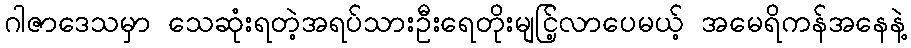
ဂါဇာဒေသမှာ သေဆုံးရတဲ့အရပ်သားဦးရေတိုးမျငြ့်လာပေမယ့် အမေရိကန်အနေနဲ့